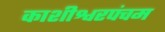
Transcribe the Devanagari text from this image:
काशीश्वरपंचम